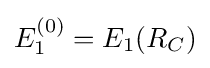
E_{1}^{(0)}={{E}_{1}}({{R}_{C}})